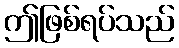
ဤဖြစ်ရပ်သည်